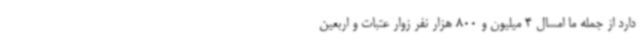
دارد از جمله ما امسال 4 میلیون و 800 هزار نفر زوار عتبات و اربعین